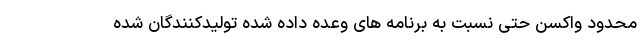
محدود واکسن حتی نسبت به برنامه های وعده داده شده تولیدکنندگان شده